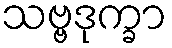
သဗ္ဗဒုက္ခာ